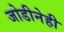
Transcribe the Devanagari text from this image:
जोडीनेही